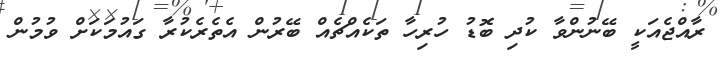
ރާއްޖެއަކީ ބޭނުންވާ ކުދި ބޮޑު ހުރިހާ ތަކެއްޗެއް ބޭރުން އެތެރެކުރާ ގައުމަކަށް ވުމުން